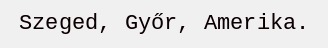
Szeged, Győr, Amerika.